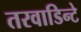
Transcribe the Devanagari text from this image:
तरवाडिन्टे